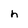
Character: h